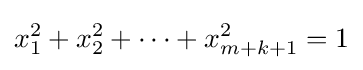
x_{1}^{2}+x_{2}^{2}+\cdots +x_{m+k+1}^{2}=1